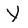
Character: Y